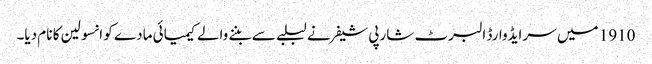
1910 میں‌ سر ایڈوارڈ البرٹ شارپی شیفر نے لبلبے سے بننے والے کیمیائی مادے کو انسولین کا نام دیا۔